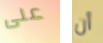
على أن